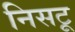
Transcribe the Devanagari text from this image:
निसटू